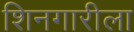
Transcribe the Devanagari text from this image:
शिनगारीला